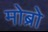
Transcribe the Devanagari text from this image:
मोब्रो